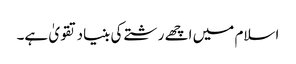
اسلام میں اچھے رشتے کی بنیاد تقویٰ ہے۔